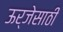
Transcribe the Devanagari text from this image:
ऊर्जेसाठी